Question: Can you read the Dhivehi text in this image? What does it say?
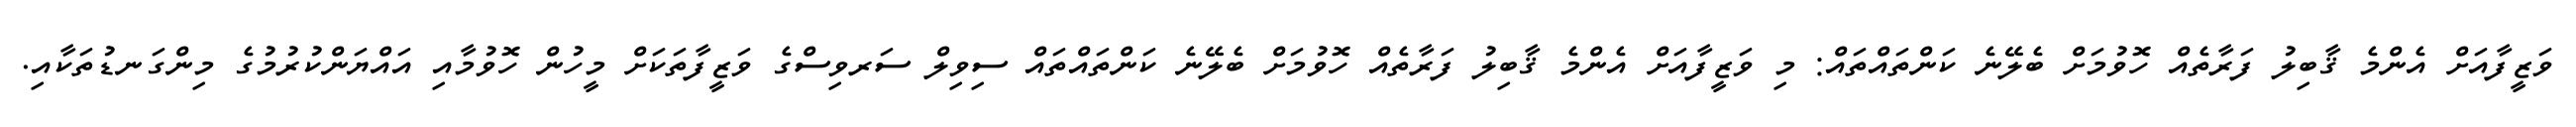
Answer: ވަޒީފާއަށް އެންމެ ޤާބިލު ފަރާތެއް ހޮވުމަށް ބެލޭނެ ކަންތައްތައް: މި ވަޒީފާއަށް އެންމެ ޤާބިލު ފަރާތެއް ހޮވުމަށް ބެލޭނެ ކަންތައްތައް ސިވިލް ސަރވިސްގެ ވަޒީފާތަކަށް މީހުން ހޮވުމާއި އައްޔަންކުރުމުގެ މިންގަނޑުތަކާއި.